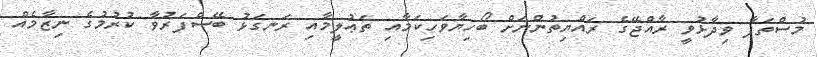
މުސްތަފާ ވިދާޅުވީ ރާއްޖޭގެ ރައްޔިތުންނަށް ބޯހިޔާވަހިކަމާއި ތަޢުލީމާއި ރަނގަޅު ބޭސްފަރުވާ ކުރުމުގެ ނިޒާމެއް